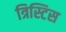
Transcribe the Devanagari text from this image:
त्रिस्टिस